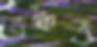
শুদ্ধও